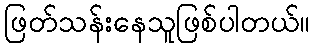
ဖြတ်သန်းနေသူဖြစ်ပါတယ်။